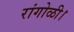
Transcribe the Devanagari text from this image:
रांगोळी।